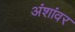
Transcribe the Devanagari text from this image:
अंशांवर